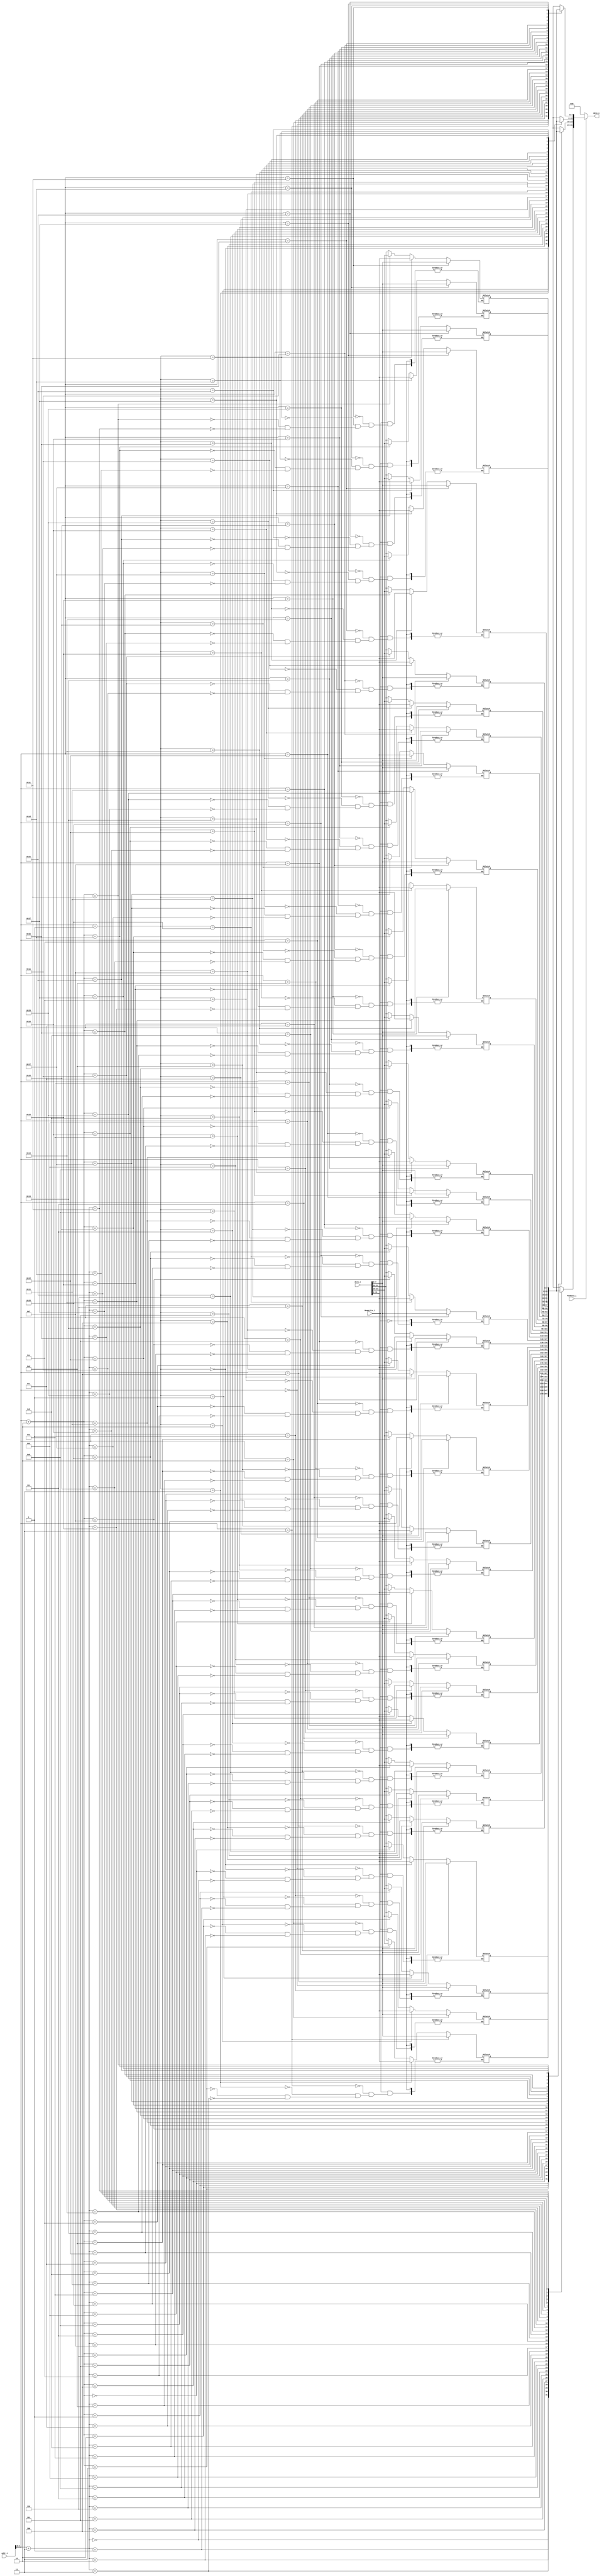
module Data_Memory
(
    addr_i,
    data_i,
    MemWrite_i,
    MemRead_i,
    data_o
);
// input [4:0] addr;
input [31:0] addr_i;
input [31:0] data_i;
input MemWrite_i, MemRead_i;
output [31:0] data_o;

reg [7:0] memory [0:31];

wire [31:0] con;
assign con = { memory[addr_i + 3],
    memory[addr_i + 2],
    memory[addr_i + 1],
    memory[addr_i]
};
assign data_o = (MemRead_i) ? con : 32'b0;

always @(*) begin
    if(MemWrite_i) begin
        memory[addr_i + 3] <= data_i[31:24];
        memory[addr_i + 2] <= data_i[23:16];
        memory[addr_i + 1] <= data_i[15:8];
        memory[addr_i] <= data_i[7:0];
    end
end

endmodule